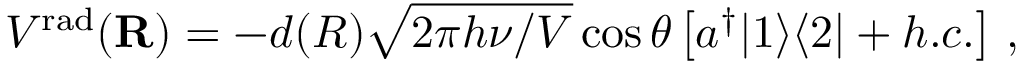
V ^ { \mathrm { r a d } } ( { \bf R } ) = - d ( R ) \sqrt { 2 \pi h \nu / V } \cos \theta \left[ a ^ { \dagger } | 1 \rangle \langle 2 | + h . c . \right] \, ,